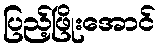
ပြည့်ဖြိုးအောင်